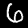
Digit: 6